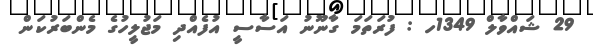
29 ޝައްވާލް 1349ހ : ފުރަތަމަ ގާނޫނު އަސާސީ އުފެއްދި މަޖުލީހުގެ މެންބަރުކަން